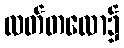
လတ်တလော၌